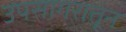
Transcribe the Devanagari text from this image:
उपसागरातून